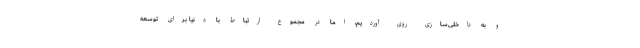
و به داخلی‌سازی روی آوردیم، اما در مجموع ارتباط با دنیا برای توسعه